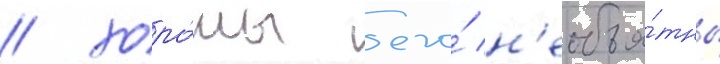
/ хоро́мы его́ н'еобъя́тны